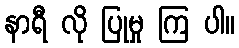
နာရီ လို ပြုမှု ကြ ပါ။